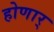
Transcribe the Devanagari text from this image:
होणार्